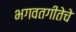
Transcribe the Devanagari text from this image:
भगवतगीतेचे